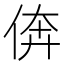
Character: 倴